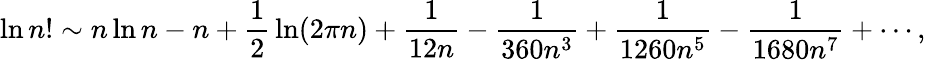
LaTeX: \ln n!\sim n\ln n-n+{\frac{1}{2}}\ln(2\pi n)+{\frac{1}{12n}}-{\frac{1}{360n^{3}}}+{\frac{1}{1260n^{5}}}-{\frac{1}{1680n^{7}}}+\cdots,